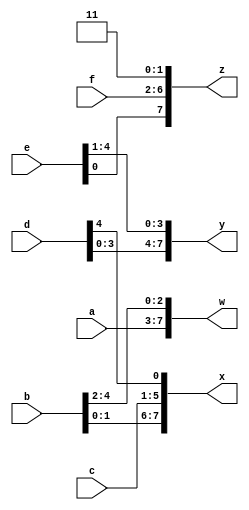
// SPDX-License-Identifier: MIT

module top_module (
    input [4:0] a, b, c, d, e, f,
    output [7:0] w, x, y, z );//

    assign { w, x, y, z } = { a, b, c, d, e, f, 2'b11 };

endmodule